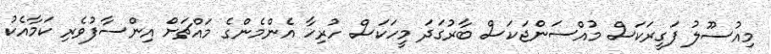
މިއުސޫލު ފަގީރަކަސް މުއްސަންޖަކަސް ބާރުގަދަ މީހަކަސް ހުރިހާ އެންމެންގެ މައްޗަށް އިންސާފުވެރި ކަމާއެކު